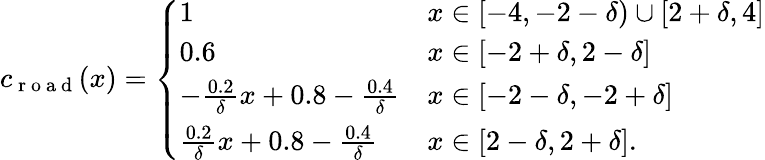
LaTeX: \begin{array}{r}{c_{\mathrm{~r~o~a~d~}}(x)=\left\{ \begin{array}{ll}{1}&{x\in[-4,-2-\delta)\cup[2+\delta,4]}\\ {0.6}&{x\in[-2+\delta,2-\delta]}\\ {-\frac{0.2}{\delta}x+0.8-\frac{0.4}{\delta}}&{x\in[-2-\delta,-2+\delta]}\\ {\frac{0.2}{\delta}x+0.8-\frac{0.4}{\delta}}&{x\in[2-\delta,2+\delta].}\end{array}\right.}\end{array}